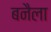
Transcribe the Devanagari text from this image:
बनैला